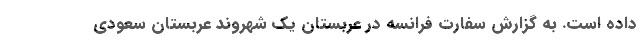
داده است. به گزارش سفارت فرانسه در عربستان یک شهروند عربستان سعودی